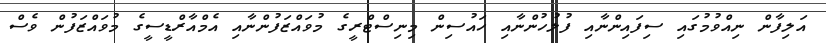
އަލިފާން ނިއްވުމުގައި ސިފައިންނާއި ފުލުހުންނާއި ހައުސިން މިނިސްޓްރީގެ މުވައްޒަފުންނާއި އެމްއާރްޑީސީގެ މުވައްޒަފުން ވެސް